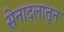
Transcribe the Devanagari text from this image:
सेनादलातून